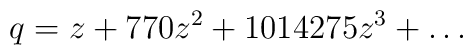
q = z + 770z^2+1014275z^3+\ldots